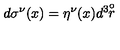
d \sigma ^ { \nu } ( x ) = \eta ^ { \nu } ( x ) d ^ { 3 } \! \! \stackrel { \circ } { r }